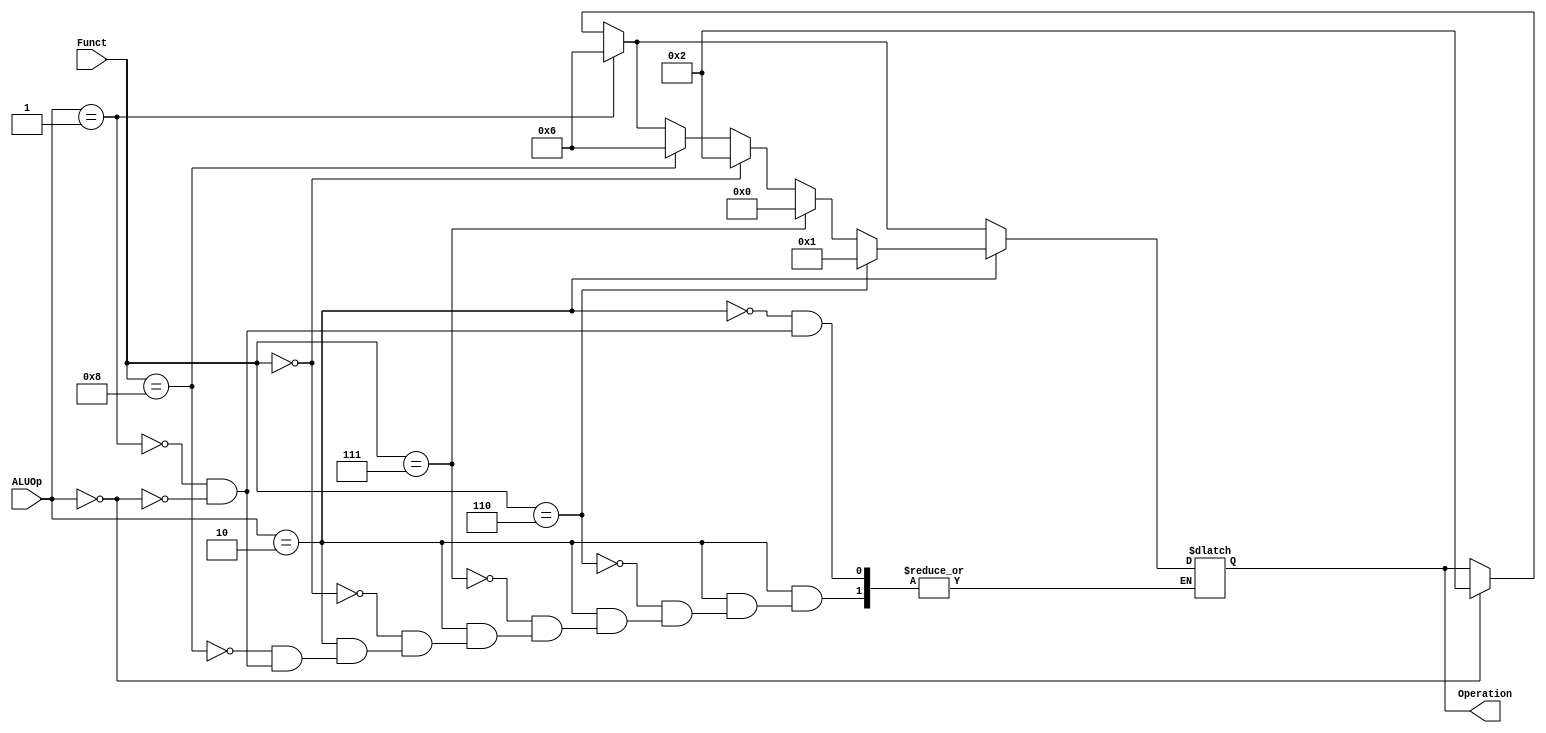
module ALU_Control
  (
  input [1:0] ALUOp,
  input [3:0] Funct,
  output reg [3:0] Operation
  
  );
  always @ (ALUOp, Funct)
  begin 
    if (ALUOp == 2'b00)
      Operation = 4'b0010;
    if (ALUOp == 2'b01)
      Operation = 4'b0110;
    if (ALUOp == 2'b10)
      begin 
      if (Funct == 4'd8)
        Operation = 4'b0110;
        
      if (Funct == 4'd0)
        Operation = 4'b0010;
        
      if (Funct == 4'd7)
        Operation = 4'b0000;
        
      if (Funct == 4'd6)
        Operation = 4'b0001;
      end 
  end 

endmodule